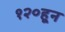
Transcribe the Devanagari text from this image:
१२०हून